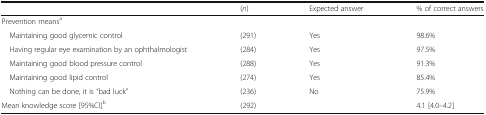
<table><thead><tr><td></td><td><b>(<i>n</i>)</b></td><td><b>Expected answer</b></td><td><b>% of correct answers</b></td></tr></thead><tbody><tr><td colspan="4">Prevention means<sup>a</sup></td></tr><tr><td> Maintaining good glycemic control</td><td>(291)</td><td>Yes</td><td>98.6%</td></tr><tr><td> Having regular eye examination by an ophthalmologist</td><td>(284)</td><td>Yes</td><td>97.5%</td></tr><tr><td> Maintaining good blood pressure control</td><td>(288)</td><td>Yes</td><td>91.3%</td></tr><tr><td> Maintaining good lipid control</td><td>(274)</td><td>Yes</td><td>85.4%</td></tr><tr><td> Nothing can be done, it is “bad luck”</td><td>(236)</td><td>No</td><td>75.9%</td></tr><tr><td>Mean knowledge score [95%CI]<sup>b</sup></td><td>(292)</td><td></td><td>4.1 [4.0–4.2]</td></tr></tbody></table>